Vaccine operations Central Provinces 1886-1899 - 1886-1899
Year: 1886
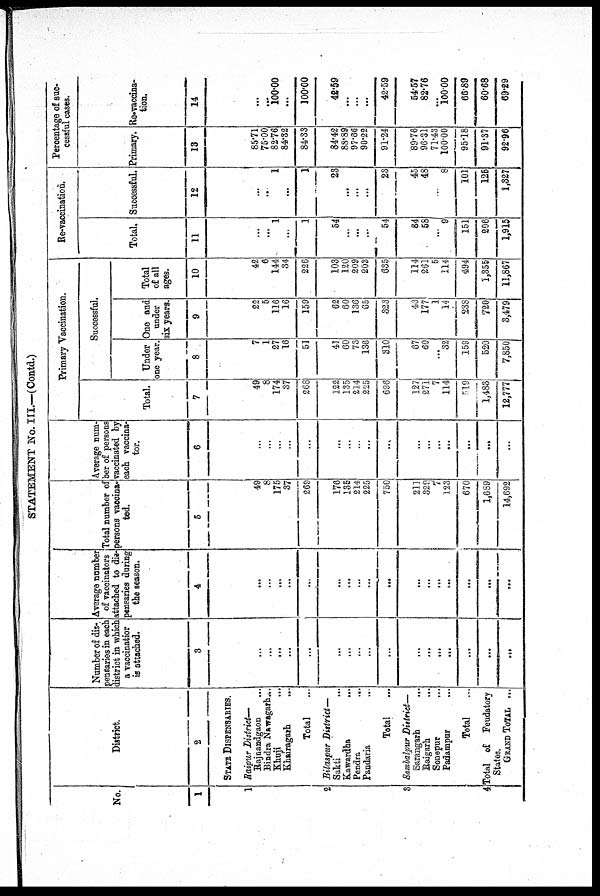
STATEMENT No. III.—(Contd.)
No.
1
1
2
3
4
District.
2
STATE DISPENSARIES.
Raipur District—
Rajnandgaon
...
Bindra Nawagarh ...
Khuji ...
Khairagarh ...
Total ...
Bilaspur District—
Sakti ...
Kawardha
...
Pendra
...
Pandaria ...
Total ...
Sambalpur District—
Sarangarh
...
Raigarh ...
Sonepur ...
Padampur ...
Total ...
Total of Feudatory
States.
GRAND TOTAL ...
Number of dis-
pensaries in each
district in which
a vaccinatior
is attached.
3
...
...
...
...
...
...
...
...
...
...
...
...
...
...
...
...
...
Average number
of vaccinators
attached to dis-
pensaries during
the season.
4
...
...
...
...
...
...
...
...
...
...
...
...
...
...
...
...
...
Total number of
persons vaccina-
ted.
5
49
8
175
37
269
176
135
214
225
750
211
329
7
123
670
1,689
14,692
Average num-
ber of persons
vaccinated by
each vaccina-
tor.
6
...
...
...
...
...
...
...
...
...
...
...
...
...
...
...
...
...
Primary Vaccination.
Total.
7
49
8
174
37
268
122
135
214
225
696
127
271
7
114
519
1,483
12,777
Successful.
Under
one year.
8
7
1
27
16
51
41
60
73
136
310
67
60
...
32
159
520
7,850
One and
under
six years.
9
22
5
116
16
159
62
60
136
65
323
43
177
1
14
238
720
3,479
Total
of all
ages.
10
42
6
144
34
226
103
120
209
203
635
114
261
5
114
494
1,355
11,867
Re-vaccination.
Total.
11
...
...
1
...
1
54
...
...
...
54
84
58
...
9
151
206
1,915
Successful.
12
...
...
1
...
1
23
...
...
...
23
45
48
...
8
101
125
1,327
Percentage of suc-
cessful cases.
Primary.
13
85.71
75.00
82.76
84.32
84.33
84.42
88.89
97.66
90.22
91.24
89.76
96.31
71.43
100.00
95.18
91.37
92.96
Re-vaccina-
tion.
14
...
...
100.00
...
100.00
42.59
...
...
...
42.59
54.57
82.76
...
100.00
66.89
60.68
69.29